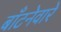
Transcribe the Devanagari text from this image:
बाँटनेवारे